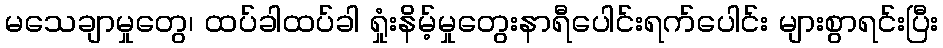
မသေချာမှုတွေ၊ ထပ်ခါထပ်ခါ ရှုံးနိမ့်မှုတွေးနာရီပေါင်းရက်ပေါင်း များစွာရင်းပြီး